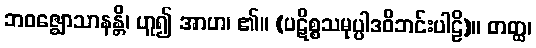
ဘဝဇ္ဈောသာနန္တိ၊ ဟူ၍ အာဟ၊ ၏။ (ပဋိစ္စသမုပ္ပါဒဝိဘင်းပါဠိ)။ တတ္ထ၊